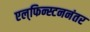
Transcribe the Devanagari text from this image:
एल्‌फिन्स्टननंतर